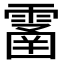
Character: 𩄙